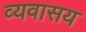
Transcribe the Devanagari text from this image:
व्यवासय